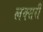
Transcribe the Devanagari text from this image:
लक्सरी